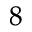
_ 8